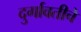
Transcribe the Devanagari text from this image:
दुर्गावतीचे